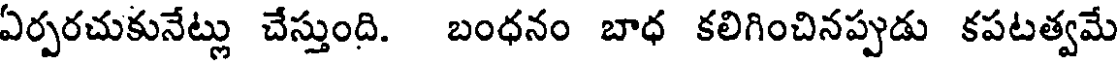
ఏర్పరచుకునేట్లు చేస్తుంది. బంధనం బాధ కలిగించినప్పుడు కపటత్వమే